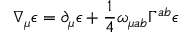
\nabla _ { \mu } \epsilon = \partial _ { \mu } \epsilon + \frac { 1 } { 4 } \omega _ { \mu a b } \Gamma ^ { a b } \epsilon